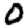
Digit: 0